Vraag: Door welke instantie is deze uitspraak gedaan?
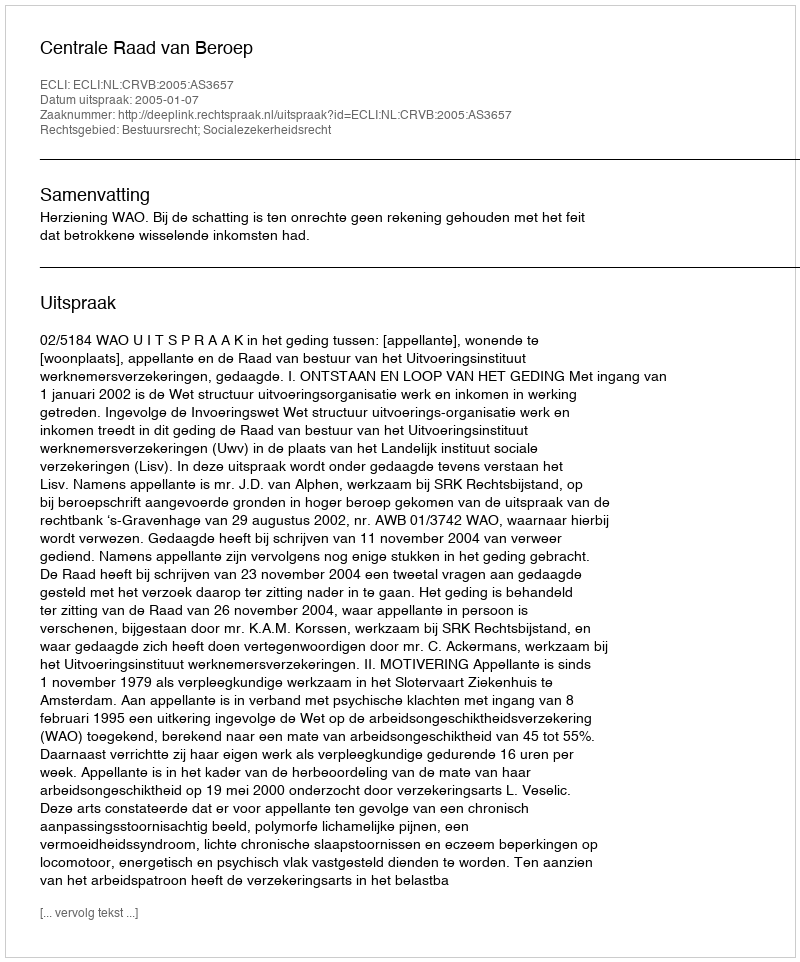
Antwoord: Centrale Raad van Beroep